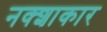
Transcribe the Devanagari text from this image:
नक्शाकार